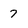
Character: 7